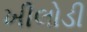
ખીલોડી